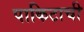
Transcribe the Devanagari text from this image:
पाकिटाची